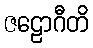
ဇဠောဂီတိ